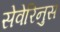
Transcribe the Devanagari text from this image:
सेवेरिनुस